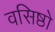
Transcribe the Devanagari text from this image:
वसिष्ठो